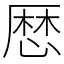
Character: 厯